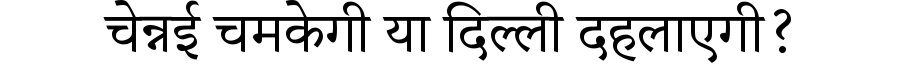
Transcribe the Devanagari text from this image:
चेन्नई चमकेगी या दिल्ली दहलाएगी?